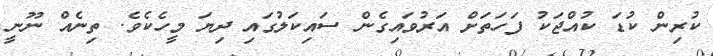
ކުރިން ކުޑަ ކުއްޖަކު ފަހަތަށް އަރުވައިގެން ސައިކަލުގައި ދިޔަ މީހެކެވެ. ތިނެއް ނޫނީ